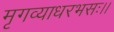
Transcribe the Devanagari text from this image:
मृगव्याधरभसः।।